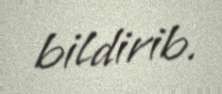
bildirib.